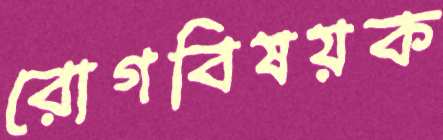
রোগবিষয়ক